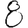
Digit: 8